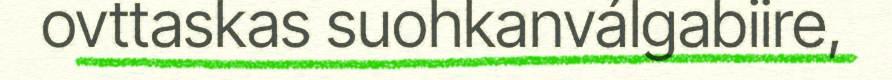
ovttaskas suohkanválgabiire,